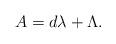
LaTeX: \begin{align*}A=d\lambda+\Lambda.\end{align*}